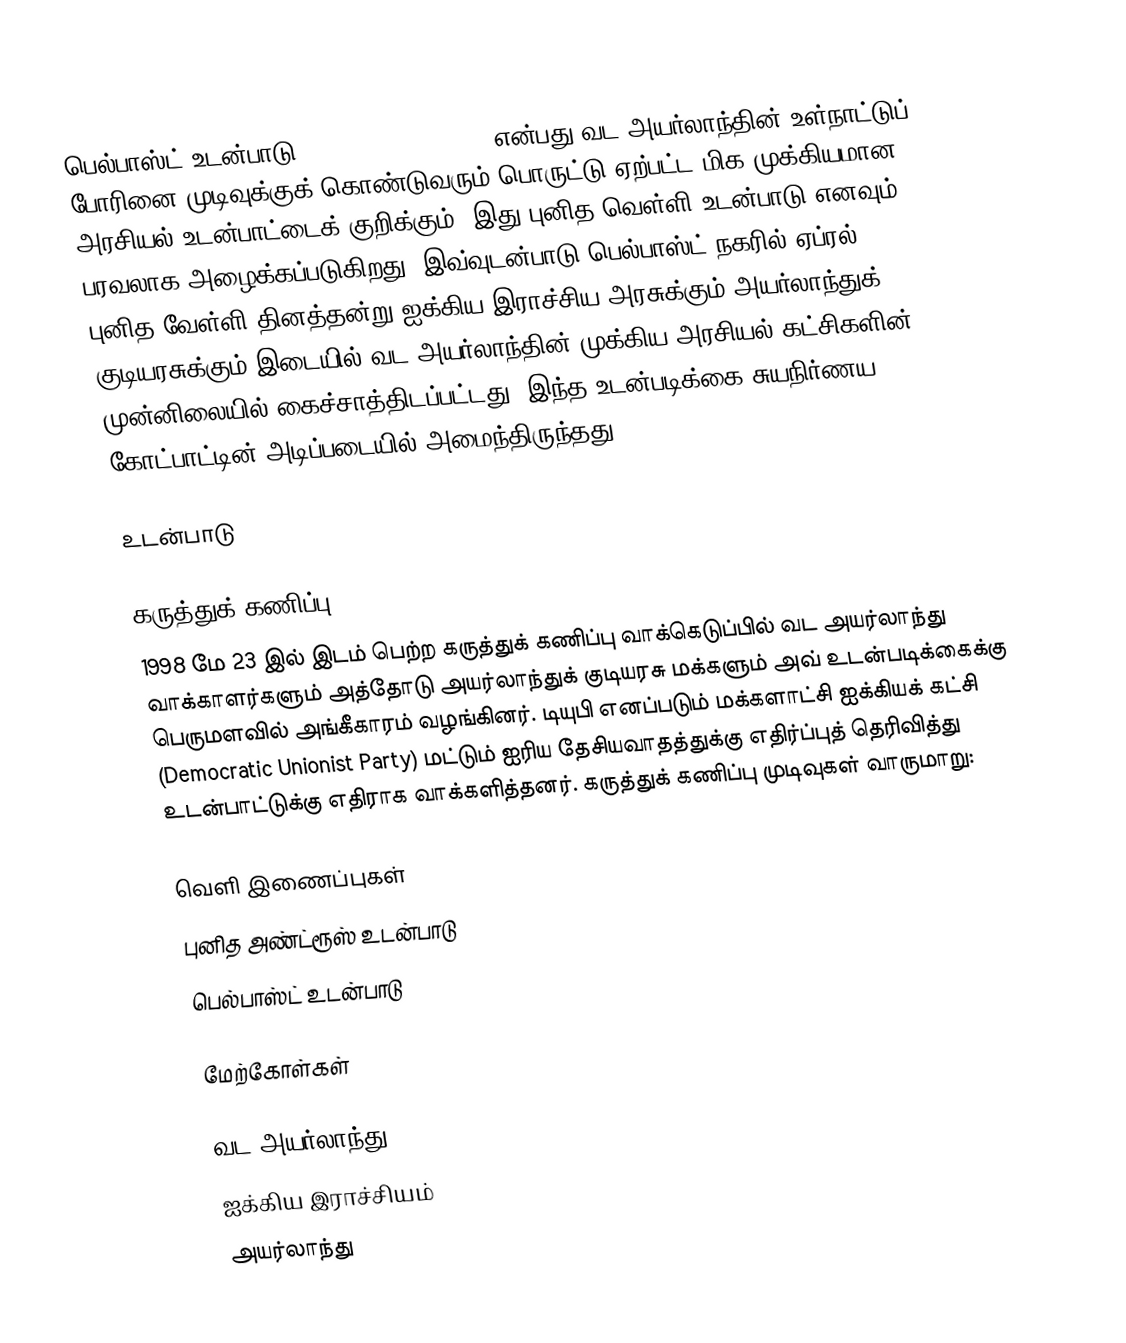
பெல்பாஸ்ட் உடன்பாடு (Belfast Agreement) என்பது வட அயர்லாந்தின் உள்நாட்டுப் போரினை முடிவுக்குக் கொண்டுவரும் பொருட்டு ஏற்பட்ட மிக முக்கியமான அரசியல் உடன்பாட்டைக் குறிக்கும். இது புனித வெள்ளி உடன்பாடு எனவும் பரவலாக அழைக்கப்படுகிறது. இவ்வுடன்பாடு பெல்பாஸ்ட் நகரில் ஏப்ரல் 10, 1998, புனித வேள்ளி தினத்தன்று ஐக்கிய இராச்சிய அரசுக்கும் அயர்லாந்துக் குடியரசுக்கும் இடையில் வட அயர்லாந்தின் முக்கிய அரசியல் கட்சிகளின் முன்னிலையில் கைச்சாத்திடப்பட்டது. இந்த உடன்படிக்கை சுயநிர்ணய கோட்பாட்டின் அடிப்படையில் அமைந்திருந்தது.

உடன்பாடு

கருத்துக் கணிப்பு
1998 மே 23 இல் இடம் பெற்ற கருத்துக் கணிப்பு வாக்கெடுப்பில் வட அயர்லாந்து வாக்காளர்களும் அத்தோடு அயர்லாந்துக் குடியரசு மக்களும் அவ் உடன்படிக்கைக்கு பெருமளவில் அங்கீகாரம் வழங்கினர். டியுபி எனப்படும் மக்களாட்சி ஐக்கியக் கட்சி (Democratic Unionist Party) மட்டும் ஐரிய தேசியவாதத்துக்கு எதிர்ப்புத் தெரிவித்து உடன்பாட்டுக்கு எதிராக வாக்களித்தனர். கருத்துக் கணிப்பு முடிவுகள் வாருமாறு:

வெளி இணைப்புகள்
புனித அண்ட்ரூஸ் உடன்பாடு
பெல்பாஸ்ட் உடன்பாடு

மேற்கோள்கள்

வட அயர்லாந்து
ஐக்கிய இராச்சியம்
அயர்லாந்து